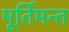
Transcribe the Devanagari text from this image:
मूर्तिमन्त